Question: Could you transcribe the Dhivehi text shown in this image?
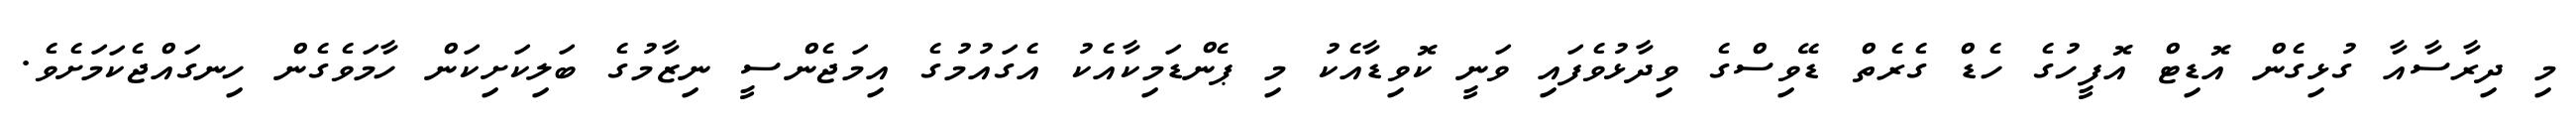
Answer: މި ދިރާސާއާ ގުޅިގެން އޮޑިޓް އޮފީހުގެ ހެޑް ގެރެތް ޑޭވިސްގެ ވިދާޅުވެފައި ވަނީ ކޮވިޑާއެކު މި ޕެންޑަމިކާއެކު އެގައުމުގެ އިމަޖެންސީ ނިޒާމުގެ ބަލިކަށިކަން ހާމަވެގެން ހިނގައްޖެކަމަށެވެ.